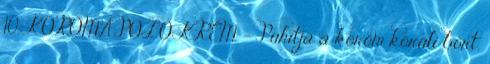
10. KÖRÖMÁPOLÓ KRÉM - Puhítja a köröm körüli bőrt,